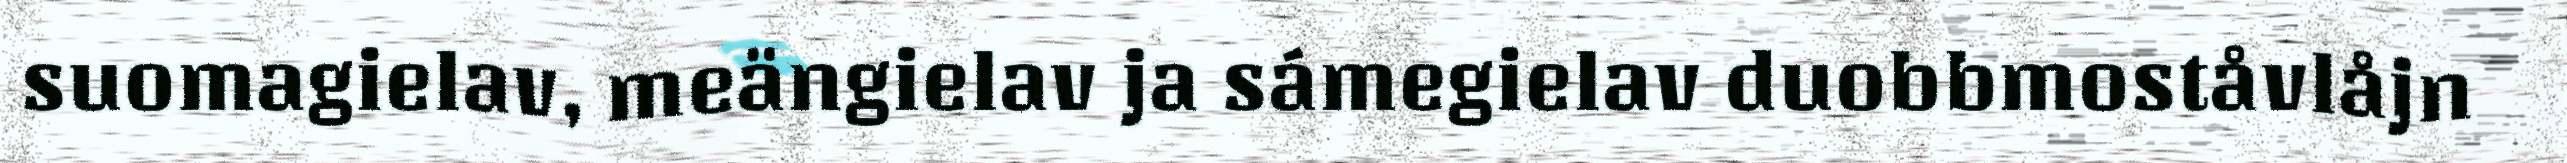
suomagielav, meängielav ja sámegielav duobbmoståvlåjn